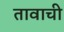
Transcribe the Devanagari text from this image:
तावाची